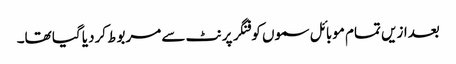
بعدازیں تمام موبائل سموں کو فنگر پرنٹ سے مربوط کردیا گیا تھا۔